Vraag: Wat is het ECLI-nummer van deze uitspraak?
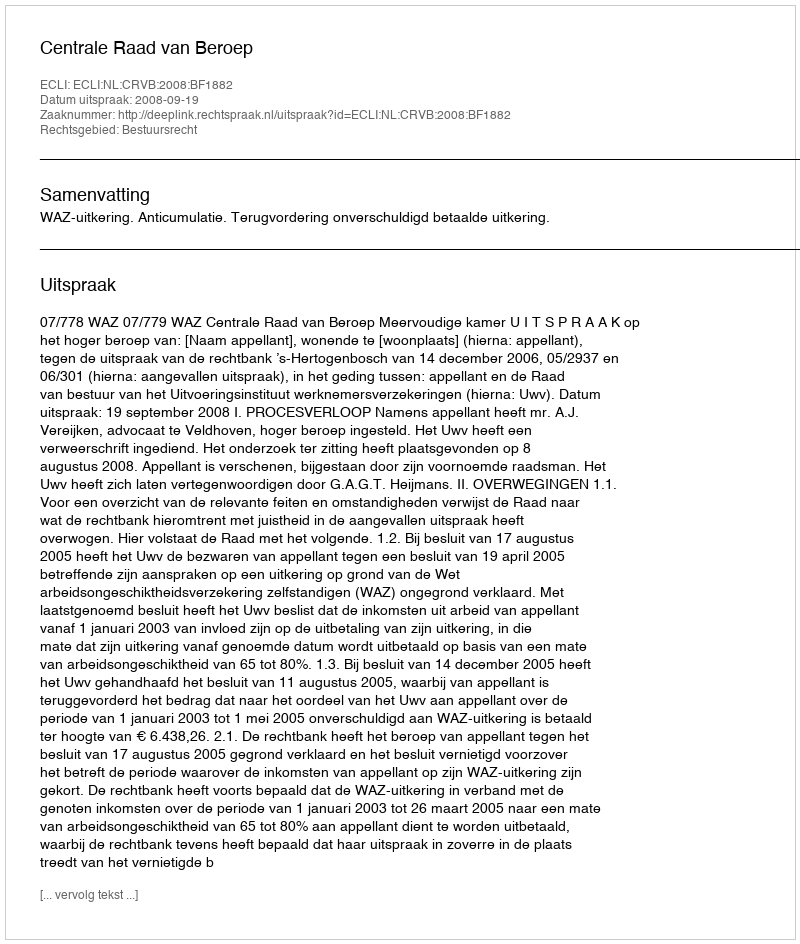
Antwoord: ECLI:NL:CRVB:2008:BF1882